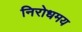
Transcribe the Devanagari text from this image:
निरोधमय